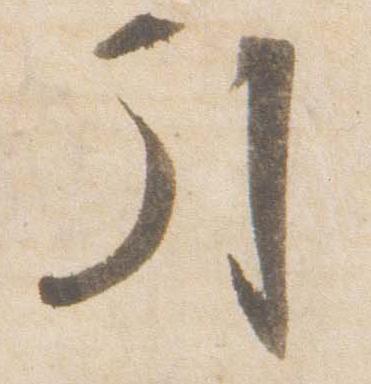
引